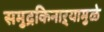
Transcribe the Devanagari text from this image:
समुद्रकिनाऱ्यामुळे